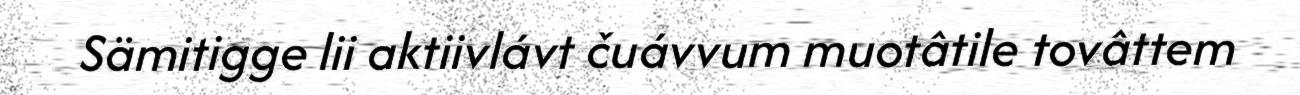
Sämitigge lii aktiivlávt čuávvum muotâtile tovâttem